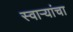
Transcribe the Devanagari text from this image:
स्वाऱ्यांचा